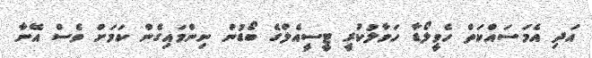
އަދި އެމަސައްކަތް ހެވީލޯޑާ ހަވާލުކުރީ ޓީސީއެލްގެ ބޯޑުން ނިންމައިގެން ކަމަށް ވެސް އޭނާ